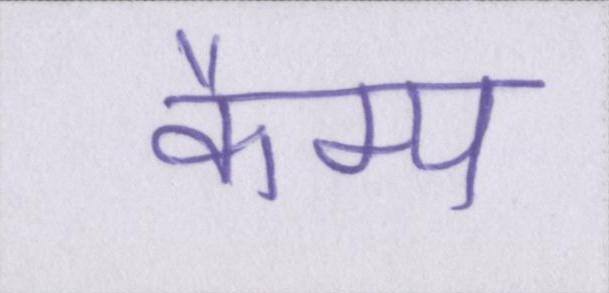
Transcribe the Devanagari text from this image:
कैम्प